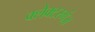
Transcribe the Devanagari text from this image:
क्लेक्टरगंज